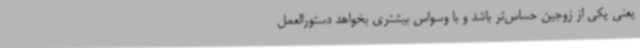
یعنی یکی از زوجین حساس‌تر باشد و با وسواس بیشتری بخواهد دستورالعمل